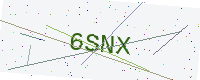
Text: 6SNX